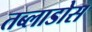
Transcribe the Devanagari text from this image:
तब्लाडोस